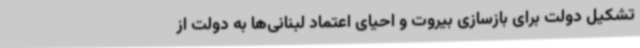
تشکیل دولت برای بازسازی بیروت و احیای اعتماد لبنانی‌ها به دولت از